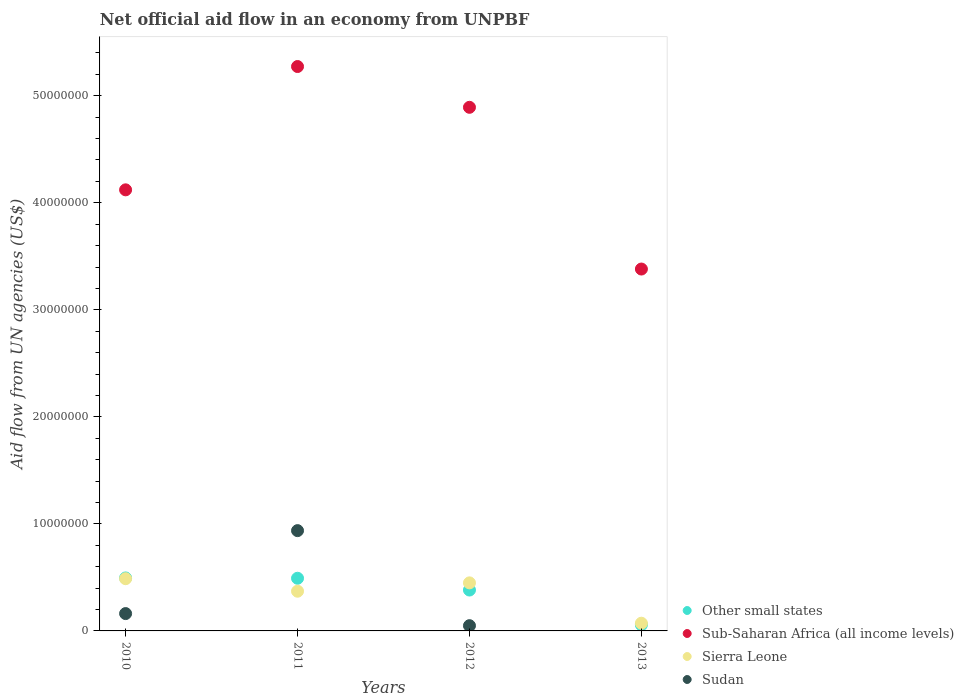
| Years | Other small states | Sub-Saharan Africa (all income levels) | Sierra Leone | Sudan |
 | --- | --- | --- | --- | --- |
 | 2010 | 4.95e+06 | 4.12e+07 | 4.88e+06 | 1.62e+06 |
 | 2011 | 4.92e+06 | 5.27e+07 | 3.71e+06 | 9.37e+06 |
 | 2012 | 3.82e+06 | 4.89e+07 | 4.49e+06 | 4.9e+05 |
 | 2013 | 5.7e+05 | 3.38e+07 | 7.2e+05 | -3.24e+06 |